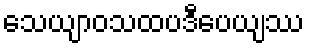
သေယျာဝသထပဒီပေယျဿ